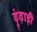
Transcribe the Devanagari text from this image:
ढ़ूंढ़ाड़ी